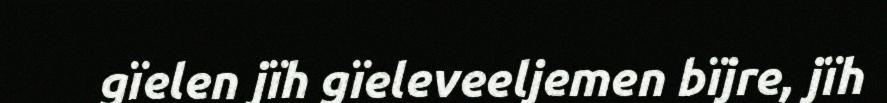
gïelen jïh gïeleveeljemen bïjre, jïh